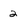
Character: 2